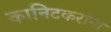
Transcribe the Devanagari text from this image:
कानिटकरांना